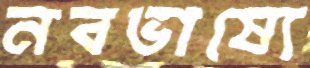
নবভাষ্যে